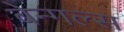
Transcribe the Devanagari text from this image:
बेन्गल्स